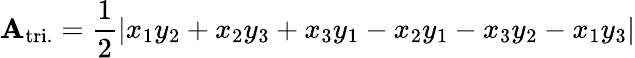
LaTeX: \mathbf{A}_{\mathrm{tri.}}={\frac{1}{2}}|x_{1}y_{2}+x_{2}y_{3}+x_{3}y_{1}-x_{2}y_{1}-x_{3}y_{2}-x_{1}y_{3}|